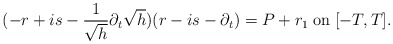
\begin{align*}(-r+is-\frac{1}{\sqrt{h}}\partial_t\sqrt{h})(r-is-\partial_t)=P+r_1 \;\mbox{on}\;[-T,T].\end{align*}